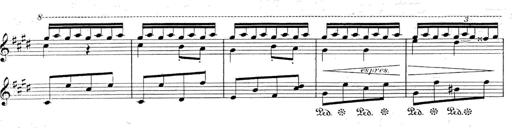
Title: Le rossignol
Composer: Franz Liszt